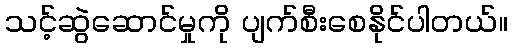
သင့်ဆွဲဆောင်မှုကို ပျက်စီးစေနိုင်ပါတယ်။